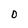
Character: D